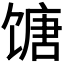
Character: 𬳍